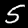
Label: 5